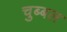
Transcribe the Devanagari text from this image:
चुब्बल